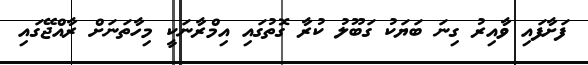
ފަށާފައި ވާއިރު ގިނަ ބަޔަކު ގަބޫލު ކުރާ ގޮތުގައި އިމްރާނަކީ މިހާތަނަށް ރާއްޖޭގައި